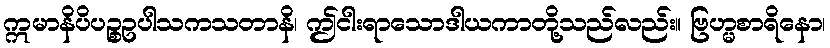
ဣမာနိပိပဉ္စဥပါသကသတာနိ၊ ဤငါးရာသောဒါယကာတို့သည်လည်း။ ဗြဟ္မစာရိနော၊